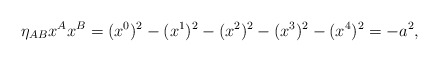
\begin{align*}\eta_{AB}x^A x^B =(x^0)^2 -(x^1)^2 -(x^2)^2 -(x^3)^2 -(x^4)^2 = - a^2,\end{align*}